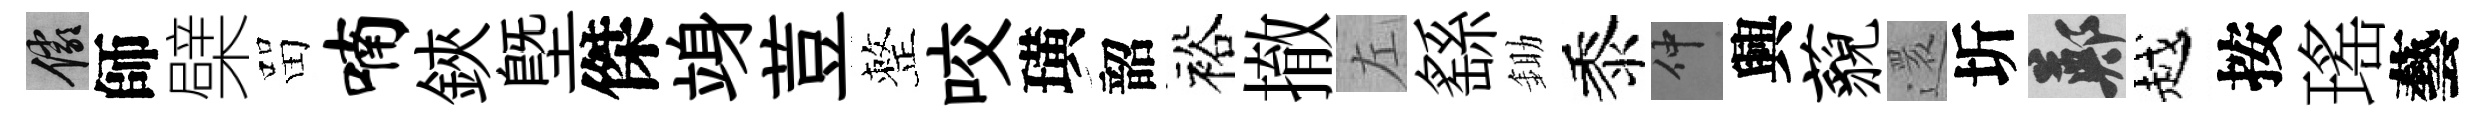
儼師檗㽞喃鋏塈傑竧荳整咬璜韶裕撤左繇鋤黍仲興藐還圻鄭越按瑤藝